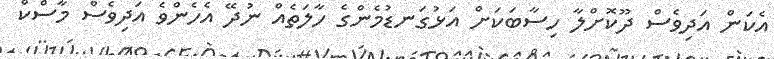
އެކަން އަދިވެސް ދޫކޮށްލާ ހިސާބަކަށް އަޅުގަނޑުމެންގެ ހާލަތެއް ނުދޭ އެހެންވެ އަދިވެސް މާސްކް